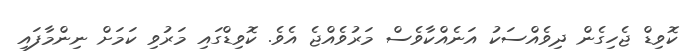
ކޮވިޑް ޖެހިގެން ދިވެއްސަކު އަނެއްކާވެސް މަރުވެއްޖެ އެވެ. ކޮވިޑްގައި މަރުވި ކަމަށް ނިންމާފައި